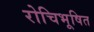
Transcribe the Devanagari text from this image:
रोचिभूषित